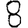
Digit: 8